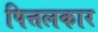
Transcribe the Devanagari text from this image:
पित्तलकार